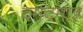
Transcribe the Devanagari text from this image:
दमदमाह